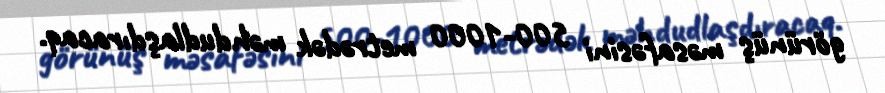
görünüş məsafəsini 500-1000 metrədək məhdudlaşdıracaq.